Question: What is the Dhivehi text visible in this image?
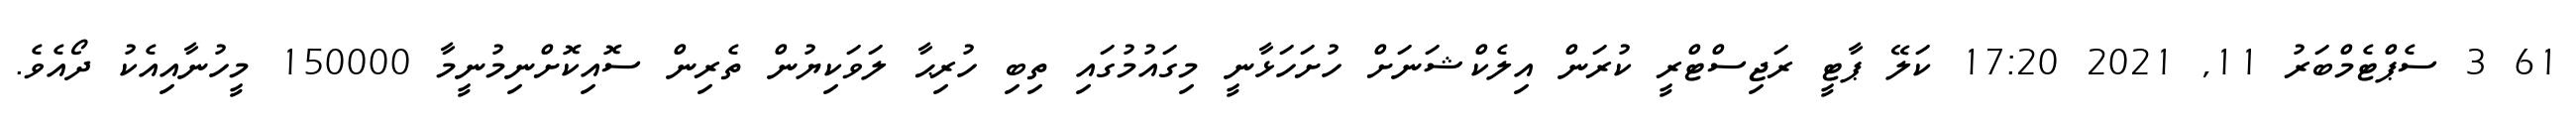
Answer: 61 3 ސެޕްޓެމްބަރު 11, 2021 17:20 ކަލޭ ޕާޓީ ރަޖިސްޓްރީ ކުރަން އިލެކްޝަނަށް ހުށަހަޅާނީ މިގައުމުގައި ތިބި ހުރިޙާ ލަވަކިޔުން ތެރިން ސޮއިކޮށްނިމުނީމާ 150000 މީހުނާއިއެކު ދޯއެވެ.